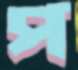
প